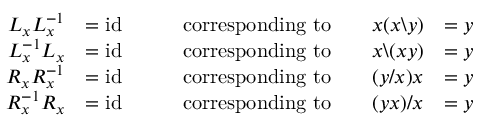
{ \begin{array} { r l r l } { L _ { x } L _ { x } ^ { - 1 } } & { = \mathrm { i d } \qquad } & { { \mathrm { c o r r e s p o n d i n g ~ t o } } \qquad x ( x \backslash y ) } & { = y } \\ { L _ { x } ^ { - 1 } L _ { x } } & { = \mathrm { i d } \qquad } & { { \mathrm { c o r r e s p o n d i n g ~ t o } } \qquad x \backslash ( x y ) } & { = y } \\ { R _ { x } R _ { x } ^ { - 1 } } & { = \mathrm { i d } \qquad } & { { \mathrm { c o r r e s p o n d i n g ~ t o } } \qquad ( y / x ) x } & { = y } \\ { R _ { x } ^ { - 1 } R _ { x } } & { = \mathrm { i d } \qquad } & { { \mathrm { c o r r e s p o n d i n g ~ t o } } \qquad ( y x ) / x } & { = y } \end{array} }